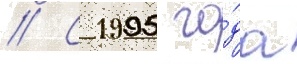
// С 1995 го́да